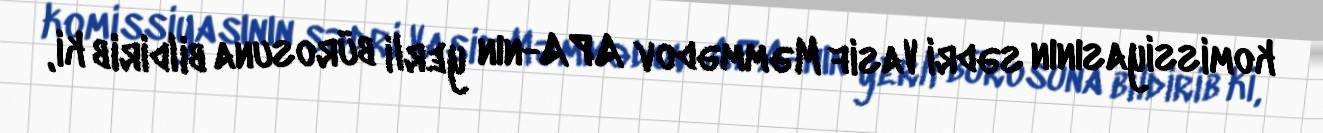
komissiyasının sədri Vasif Məmmədov APA-nın yerli bürosuna bildirib ki,